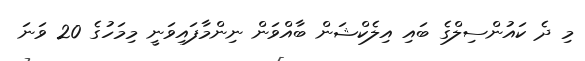
މި ދެ ކައުންސިލްގެ ބައި އިލެކްޝަން ބާއްވަން ނިންމާފައިވަނީ މިމަހުގެ 20 ވަނަ